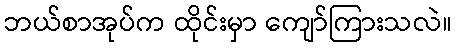
ဘယ်စာအုပ်က ထိုင်းမှာ ကျော်ကြားသလဲ။